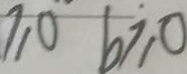
\geq 0 b \geq 0